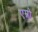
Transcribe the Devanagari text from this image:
एम्नो